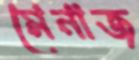
মেনাজ